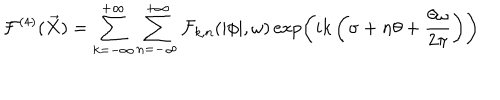
LaTeX: { \cal F } ^ { ( 4 ) } ( \vec { X } ) = \sum _ { k = - \infty } ^ { + \infty } \sum _ { n = - \infty } ^ { + \infty } { \cal F } _ { k , n } ( | \phi | , \omega ) \exp \left( i k \left( \sigma + n \theta + \frac { \theta \omega } { 2 \pi } \right) \right)